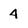
Character: 4